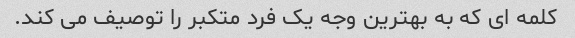
کلمه ای که به بهترین وجه یک فرد متکبر را توصیف می کند.